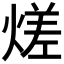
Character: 𭵭